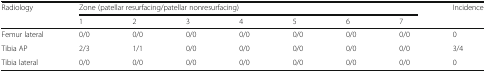
<table><thead><tr><td rowspan="2"><b>Radiology</b></td><td colspan="7"><b>Zone (patellar resurfacing/patellar nonresurfacing)</b></td><td rowspan="2"><b>Incidence</b></td></tr><tr><td><b>1</b></td><td><b>2</b></td><td><b>3</b></td><td><b>4</b></td><td><b>5</b></td><td><b>6</b></td><td><b>7</b></td></tr></thead><tbody><tr><td>Femur lateral</td><td>0/0</td><td>0/0</td><td>0/0</td><td>0/0</td><td>0/0</td><td>0/0</td><td>0/0</td><td>0</td></tr><tr><td>Tibia AP</td><td>2/3</td><td>1/1</td><td>0/0</td><td>0/0</td><td>0/0</td><td>0/0</td><td>0/0</td><td>3/4</td></tr><tr><td>Tibia lateral</td><td>0/0</td><td>0/0</td><td>0/0</td><td>0/0</td><td>0/0</td><td>0/0</td><td>0/0</td><td>0</td></tr></tbody></table>